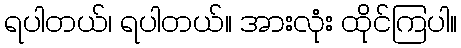
ရပါတယ်၊ ရပါတယ်။ အားလုံး ထိုင်ကြပါ။